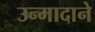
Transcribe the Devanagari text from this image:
उन्मादाने